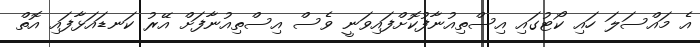
އެ މައްސަލަ ހައި ކޯޓުގައި އިސްތިއުނާފުކޮށްފައިވަނީ ވެސް އިސްތިއުނާފަށް އޭރު ކަނޑައަޅާފައި އޮތް